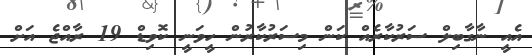
އެއީ ނާގާބިލް ސަރުކާރެއް ކަން މިސަރުކާރުން ހީވަނީ ކޮވިޑް 19 ރާއްޖެ އަށް